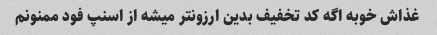
غذاش خوبه اگه کد تخفیف بدین ارزونتر میشه از اسنپ فود ممنونم